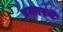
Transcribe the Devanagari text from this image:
डकारने